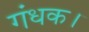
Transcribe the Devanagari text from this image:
गंधक।